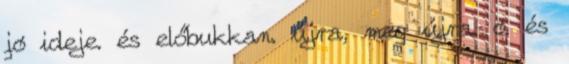
jó ideje. és előbukkan. újra, meg újra. ó. és